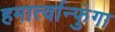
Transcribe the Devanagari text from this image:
हमार्त्वान्फुंगा